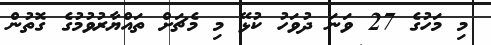
މި މަހުގެ 27 ވަނަ ދުވަހު ކުޅޭ މި މެޗަށް ތައްޔާރުވުމުގެ ގޮތުން